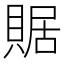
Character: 䝻